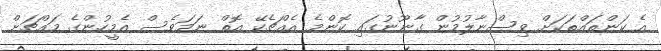
އެ ކަންތައްތަކަށް ވިސްނާލުމުން ގާނޫނުގައި ކޮންމެ އެއްޗެކޭ އޮތް ނަމަވެސް އެމީހުންގެ މައްޗަށް